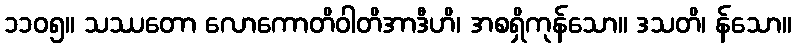
၁၁၀၅။ သဿတော လောကောတိဝါတိအာဒီဟိ၊ အစရှိကုန်သော။ ဒသတိ၊ န်သော။